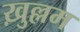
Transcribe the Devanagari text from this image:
ख़ुल्लम